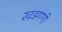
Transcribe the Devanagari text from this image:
खडगणी